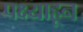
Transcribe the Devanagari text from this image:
पक्ष्याहून